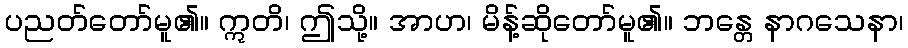
ပညတ်တော်မူ၏။ ဣတိ၊ ဤသို့။ အာဟ၊ မိန့်ဆိုတော်မူ၏။ ဘန္တေ နာဂသေနာ၊